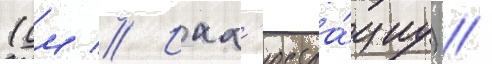
(см // Илл'юстра́циу) //